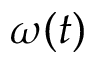
\omega ( t )